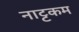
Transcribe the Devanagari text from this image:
नाट्टकम